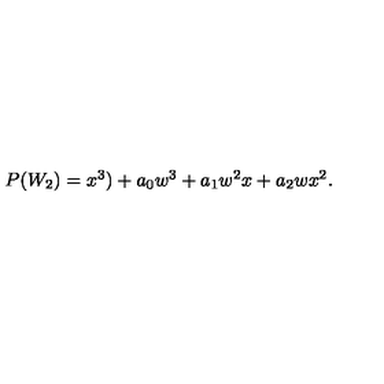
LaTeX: \begin{array} { l c r } { P ( W _ { 2 } ) = x ^ { 3 } ) + a _ { 0 } w ^ { 3 } + a _ { 1 } w ^ { 2 } x + a _ { 2 } w x ^ { 2 } . } \\ \end{array}